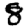
Digit: 8